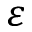
\varepsilon